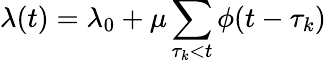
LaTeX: \lambda(t)=\lambda_{0}+\mu\sum_{\tau_{k}<t}\phi(t-\tau_{k})